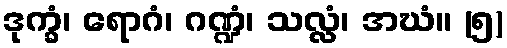
ဒုက္ခံ၊ ရောဂံ၊ ဂဏ္ဍံ၊ သလ္လံ၊ အဃံ။ (၅)